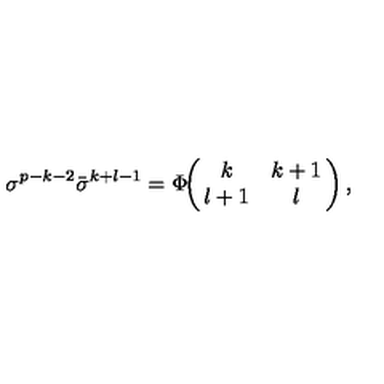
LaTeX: \sigma ^ { p - k - 2 } \bar { \sigma } ^ { k + l - 1 } = \Phi \! \! \left( \! \! \begin{array} { c c } { k } & { k + 1 } \\ { l + 1 } & { l } \\ \end{array} \! \! \right) ,